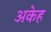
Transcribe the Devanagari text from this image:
अकेह